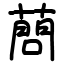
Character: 蔄